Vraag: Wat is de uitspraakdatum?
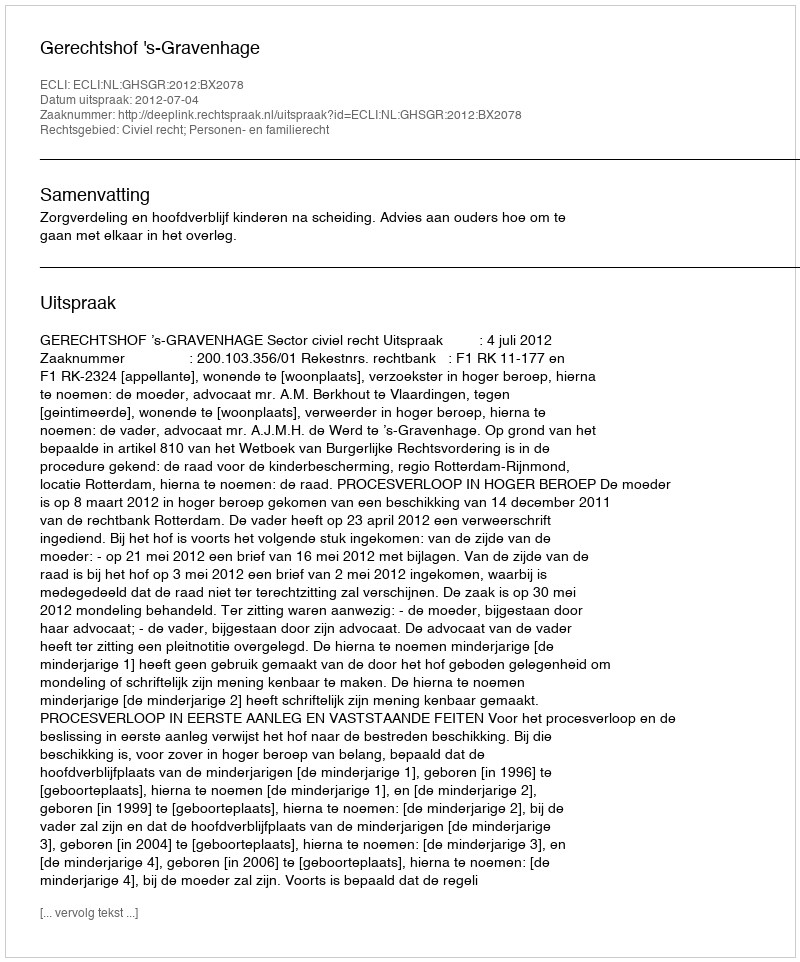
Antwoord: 2012-07-04